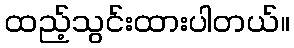
ထည့်သွင်းထားပါတယ်။